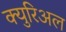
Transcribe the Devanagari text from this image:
क्युरिअल